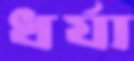
ধর্যা